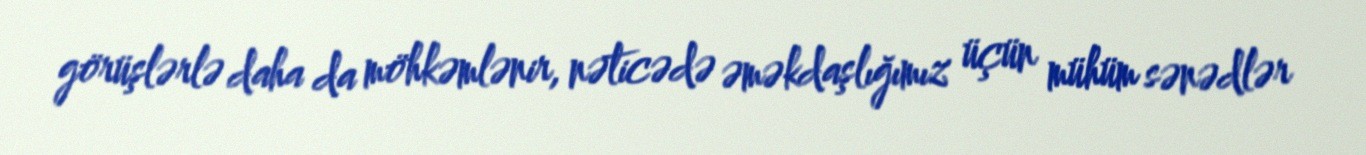
görüşlərlə daha da möhkəmlənir, nəticədə əməkdaşlığımız üçün mühüm sənədlər